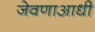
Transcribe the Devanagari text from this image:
जेवणाआधी